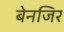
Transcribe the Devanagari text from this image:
बेनजिर